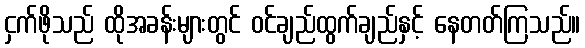
ငှက်ဖိုသည် ထိုအခန်းများတွင် ဝင်ချည်ထွက်ချည်နှင့် နေတတ်ကြသည်။